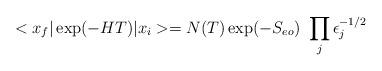
LaTeX: \begin{align*}<x_f\vert \exp(- H T) \vert x_i> = N(T) \exp(- S_{eo}) \ \prod_j \epsilon_{j}^{-1/2}\end{align*}